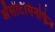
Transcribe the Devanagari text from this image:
ॲेसीटॅमिनोफेन